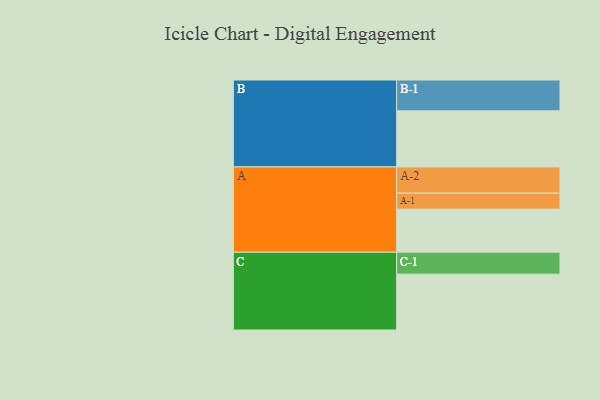
{"axis": {"x": "Segment", "y": "Value"}, "legend": ["", "A", "B", "C"], "data": [{"x": "A", "y": 396, "type": ""}, {"x": "B", "y": 516, "type": ""}, {"x": "C", "y": 514, "type": ""}, {"x": "A-1", "y": 147, "type": "A"}, {"x": "A-2", "y": 241, "type": "A"}, {"x": "B-1", "y": 284, "type": "B"}, {"x": "C-1", "y": 202, "type": "C"}]}